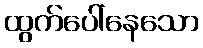
ထွက်ပေါ်နေသော